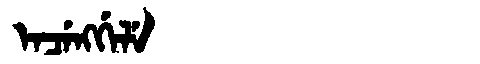
Manchu: ᡝᠨᠴᡝᠩᡤᡝᠯᡝ
Romanization: ENCENGGELE